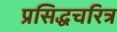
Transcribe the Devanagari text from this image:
प्रसिद्धचरित्र